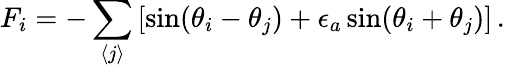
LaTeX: F_{i}=-\sum_{\langle j\rangle}\left[\sin(\theta_{i}-\theta_{j})+\epsilon_{a}\sin(\theta_{i}+\theta_{j})\right]\, .